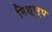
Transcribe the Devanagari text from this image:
मिश्ररूप